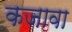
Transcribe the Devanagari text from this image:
कजावा